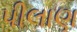
પીલાણ